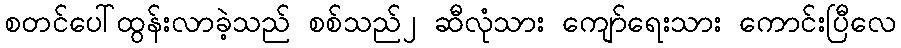
စတင်ပေါ်ထွန်းလာခဲ့သည် စစ်သည်၂ ဆီလုံသား ကျော်ရေးသား ကောင်းပြီလေ